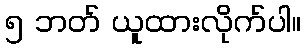
၅ ဘတ် ယူထားလိုက်ပါ။